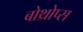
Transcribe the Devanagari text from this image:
बोथ्रोप्स